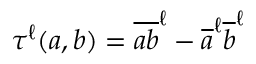
\tau ^ { \ell } ( a , b ) = \overline { { a b } } ^ { \ell } - \overline { { a } } ^ { \ell } \overline { { b } } ^ { \ell }